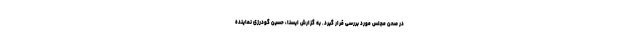
در صحن مجلس مورد بررسی قرار گیرد. به گزارش ایسنا، حسین گودرزی نماینده